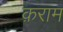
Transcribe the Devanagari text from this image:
क़राम